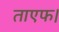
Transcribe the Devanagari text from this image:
ताएफ।